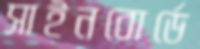
সাইনবোর্ডে